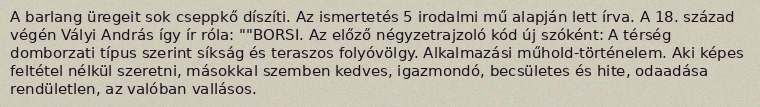
A barlang üregeit sok cseppkő díszíti. Az ismertetés 5 irodalmi mű alapján lett írva. A 18. század végén Vályi András így ír róla: ""BORSI. Az előző négyzetrajzoló kód új szóként: A térség domborzati típus szerint síkság és teraszos folyóvölgy. Alkalmazási műhold-történelem. Aki képes feltétel nélkül szeretni, másokkal szemben kedves, igazmondó, becsületes és hite, odaadása rendületlen, az valóban vallásos.